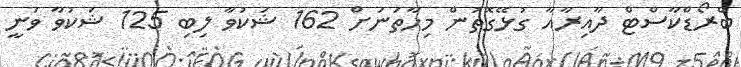
ބްރޯޑްކާސްޓް ދާއިރާއާ ގުޅޭގޮތުން މިހާތަނަށް 162 ޝަކުވާ ލިބި 125 ޝަކުވާ ވަނީ